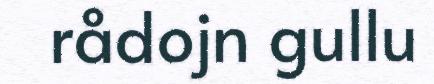
rådojn gullu